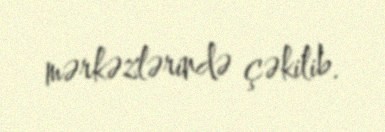
mərkəzlərində çəkilib.